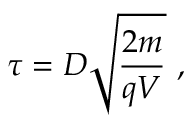
\tau = D \sqrt { \frac { 2 m } { q V } } \ ,